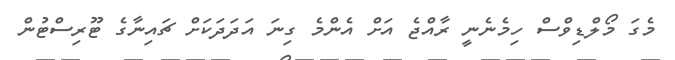
މެގަ މޯލްޑިވްސް ހިމެނެނީ ރާއްޖެ އަށް އެންމެ ގިނަ އަދަދަކަށް ޗައިނާގެ ޓޫރިސްޓުން